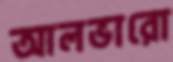
আলভারো